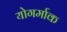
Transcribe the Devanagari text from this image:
योगर्माक